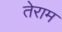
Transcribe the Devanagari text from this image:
तेराम